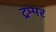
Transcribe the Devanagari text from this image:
ट्रम्पर